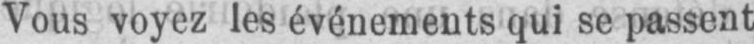
Vous voyez les événements qui se passent